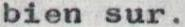
bien sur.